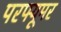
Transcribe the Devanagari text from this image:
परफ्यूमर